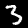
Digit: 3